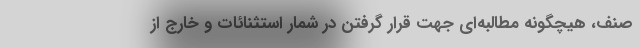
صنف، هیچگونه مطالبه‌ای جهت قرار گرفتن در شمار استثنائات و خارج از